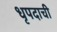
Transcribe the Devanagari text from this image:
धृपदाची